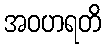
အဝဟရတိ